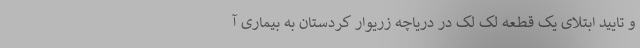
و تایید ابتلای یک قطعه لک لک در دریاچه زریوار کردستان به بیماری آ